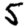
Digit: 5